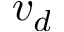
v _ { d }